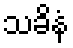
သခိနံ